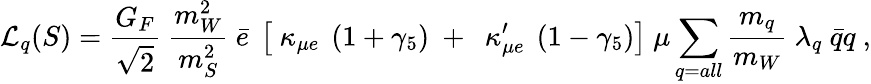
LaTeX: {\cal L}_{q}(S)=\frac{G_{F}}{\sqrt 2}~\frac{m_{W}^{2}}{m_{S}^{2}}~\bar{e}~\left[~\kappa_{\mu e}~\left(1+\gamma_{5}\right)~+~~\kappa_{\mu e}^{\prime}~\left(1-\gamma_{5}\right)\right]~\mu\sum_{\scriptstyle q=all}\frac{m_{q}}{m_{W}}~\lambda_{q}~\bar{q}q\ ,